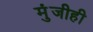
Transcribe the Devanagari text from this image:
मुंजीही